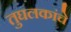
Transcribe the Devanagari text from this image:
तुघलकांचे